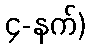
၄-နက်)